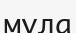
мұла